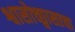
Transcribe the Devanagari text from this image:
श्वासोच्छ्वासाचा